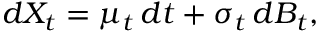
d X _ { t } = \mu _ { t } \, d t + \sigma _ { t } \, d B _ { t } ,